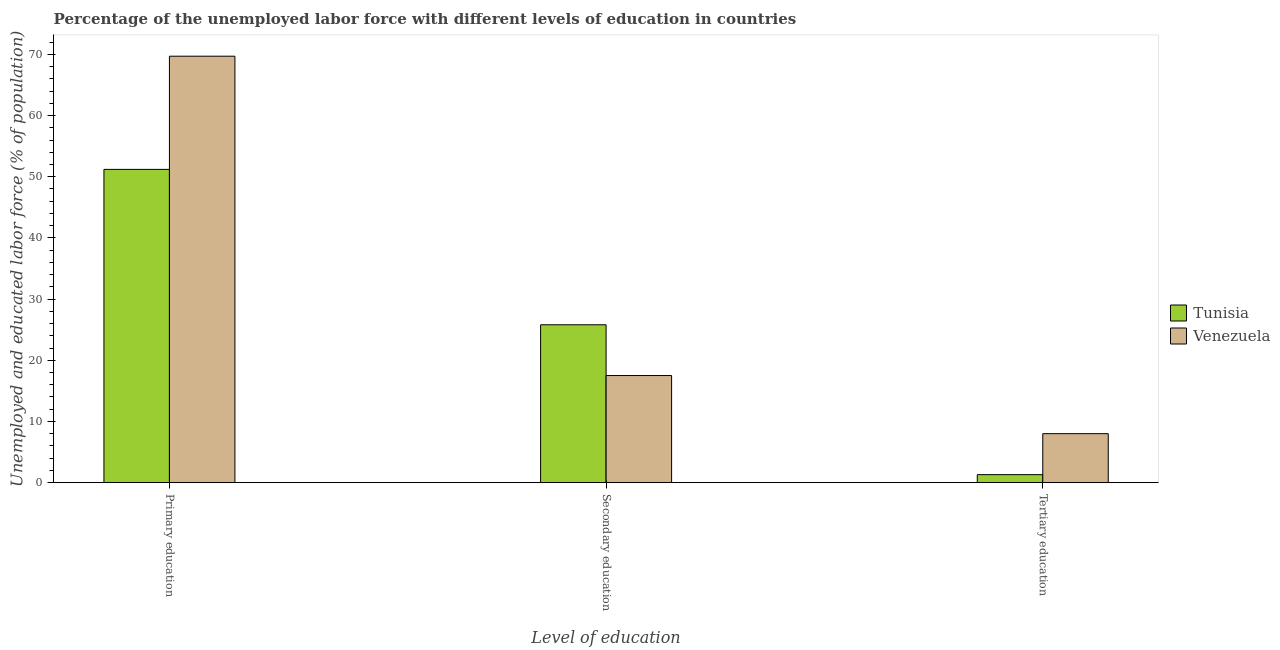
| Level of education | Tunisia | Venezuela |
 | --- | --- | --- |
 | Primary education | 51.2 | 69.7 |
 | Secondary education | 25.8 | 17.5 |
 | Tertiary education | 1.3 | 8 |